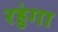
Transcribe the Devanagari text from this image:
रहुंगा